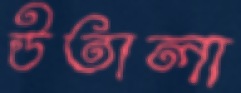
উতালা